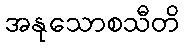
အနုသောစသီတိ